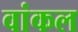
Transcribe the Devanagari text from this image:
वांकल